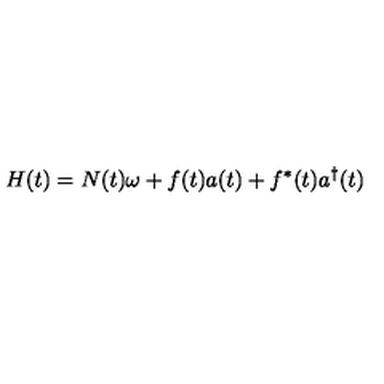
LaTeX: H ( t ) = N ( t ) \omega + f ( t ) a ( t ) + f ^ { * } ( t ) a ^ { \dagger } ( t )